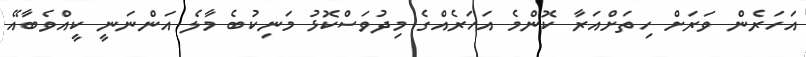
އަހަރެން ވަރަށް ހިތަށްއަރާ ކޮންމެ އަހަރެއްގެ މިދުވަސްކޮޅު މަނިކުބެ މާލެ އަންނަނީ ކީއްވެބާއޭ